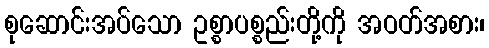
စုဆောင်းအပ်သော ဥစ္စာပစ္စည်းတို့ကို အဝတ်အစား၊